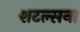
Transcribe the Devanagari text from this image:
शटल्सना